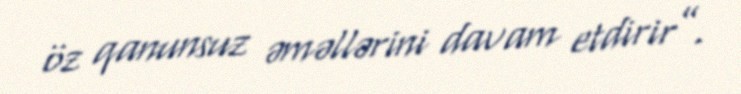
öz qanunsuz əməllərini davam etdirir”.